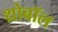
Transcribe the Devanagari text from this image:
थ्रोबॉल